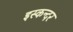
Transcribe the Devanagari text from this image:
इस्कन्दर